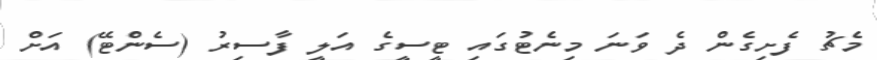
މެޗު ފެށިގެން ދެ ވަނަ މިނެޓުގައި ޓީސީގެ އަލީ ފާސިރު (ސެންޓޭ) އަށް